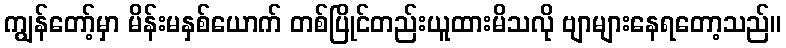
ကျွန်တော့်မှာ မိန်းမနှစ်ယောက် တစ်ပြိုင်တည်းယူထားမိသလို ဗျာများနေရတော့သည်။